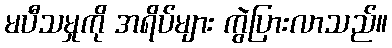
မပီသမှုကို အရိပ်များ ကွဲပြားလာသည်။